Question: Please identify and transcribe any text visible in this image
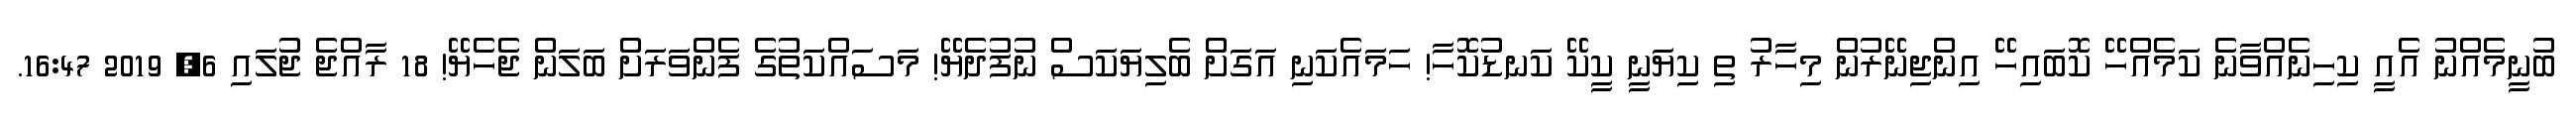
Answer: ބުނީމެއްނު އެއީ ކިހިނެއްވާނެ ކަމެއްހޭ ކޮބައިހޭ އިންޖިނޭރުން މިހާރު ތި ކިޔަނީ ކީކޭ ކަނޑުކޮހާ! ހަމައެކަނި އަގަށް ބެލިޔަކަސް ނުފުދެޔޭ! މަސައްކަތުގެ ފެންވަރަށް ބަލަން ޖެހެޔޭ! 18 ރާއްޖެ ޖުލައި 6, 2019 16:47.